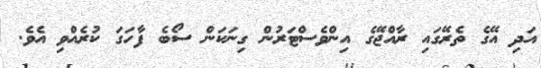
އަދި އޭގެ ތެރޭގައި ރާއްޖޭގެ އިންވެސްޓަރުން ގިނަކަން ސޯބެ ފާހަގަ ކުރެއްވި އެވެ.